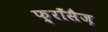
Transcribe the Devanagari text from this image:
फ़्राँसैज़